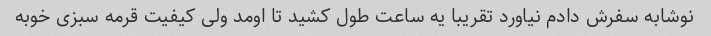
نوشابه سفرش دادم نیاورد تقریبا یه ساعت طول کشید تا اومد ولی کیفیت قرمه سبزی خوبه